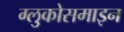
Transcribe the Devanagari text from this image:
ग्लुकोसमाइन